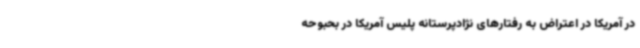
در آمریکا در اعتراض به رفتارهای نژادپرستانه پلیس آمریکا در بحبوحه